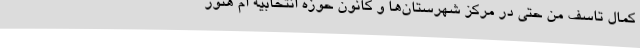
کمال تاسف من حتی در مرکز شهرستان‌ها و کانون حوزه انتخابیه ام هنوز